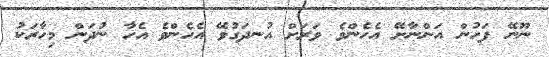
ނޫނޭ ފަހުން އަންނާށޭ އެހެންވެ ވަރަށް އުނދަގުވޭ އެހެންވެ އެހާ ނުދަން މިހާރަކު